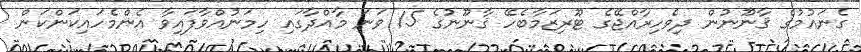
ގެނައުމުގެ ޤާނޫނުން ދިވެހިރާއްޖޭގެ ޓޫރިޒަމާބެހޭ ޤާނޫނުގެ 15 ވަނަ މާއްދާގައި ހިމަނުއްވާފައިވާ އެންމެހައިކަންކަން